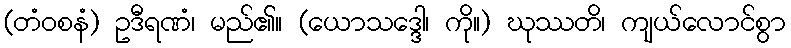
(တံဝစနံ) ဥဒီရဏံ၊ မည်၏။ (ယောသဒ္ဒေါ၊ ကို။) ဃုဿတိ၊ ကျယ်လောင်စွာ